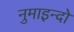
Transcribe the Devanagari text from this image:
नुमाइन्दो